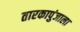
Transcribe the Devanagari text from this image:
तारकापुंजाला